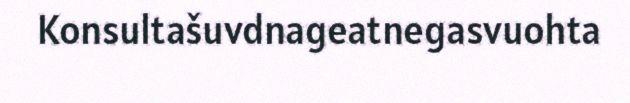
Konsultašuvdnageatnegasvuohta